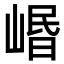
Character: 㟭